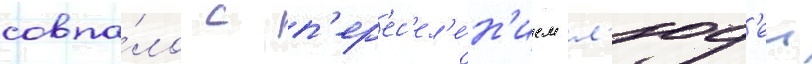
совпа́ло с п'ер'ес'ел'е́н'ием л'юд'еи